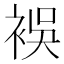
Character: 𮖅